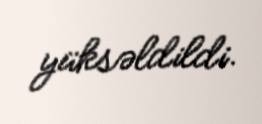
yüksəldildi.